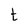
Character: t